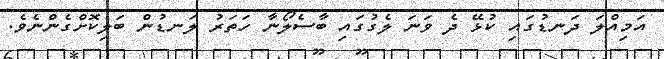
އަމިއްލަ ދަނޑުގައި ކުޅޭ ދެ ވަނަ ލެގުގައި ބާސެލޯނާ ހަތަރު ލަނޑުން ބަލިކޮށްގެންނެވެ.